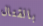
بالقتال